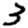
Digit: 3